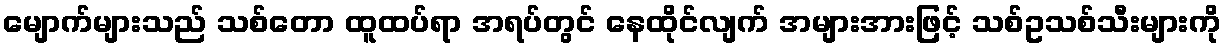
မျောက်များသည် သစ်တော ထူထပ်ရာ အရပ်တွင် နေထိုင်လျက် အများအားဖြင့် သစ်ဥသစ်သီးများကို